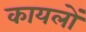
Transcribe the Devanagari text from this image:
कायलों